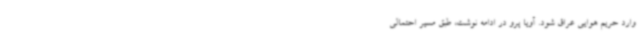
وارد حریم هوایی عراق شود. آویا پرو در ادامه نوشت، طبق مسیر احتمالی